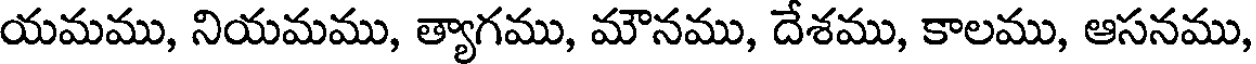
యమము, నియమము, త్యాగము, మౌనము, దేశము, కాలము, ఆసనము,